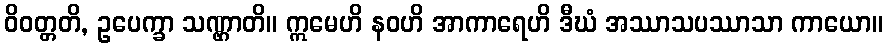
ဝိဝတ္တတိ, ဥပေက္ခာ သဏ္ဌာတိ။ ဣမေဟိ နဝဟိ အာကာရေဟိ ဒီဃံ အဿာသပဿာသာ ကာယော။